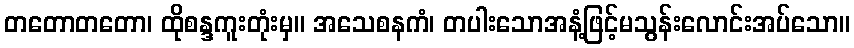
တတောတတော၊ ထိုစန္ဒကူးတုံးမှ။ အသေစနကံ၊ တပါးသောအနံ့ဖြင့်မသွန်းလောင်းအပ်သော။